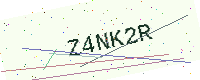
Text: Z4NK2R